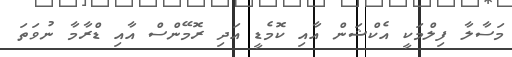
މަސާލާ ފިލްމަކީ އެކްޝަން އާއި ކޮމެޑީ އަދި ރޮމޭންސް އާއި ޑްރާމާ ނުވަތަ